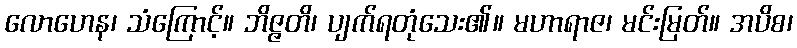
လောဟေန၊ သံကြောင့်။ ဘိဇ္ဇတိ၊ ပျက်ရတုံသေး၏။ မဟာရာဇ၊ မင်းမြတ်။ အပိစ၊